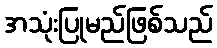
အသုံးပြုမည်ဖြစ်သည်